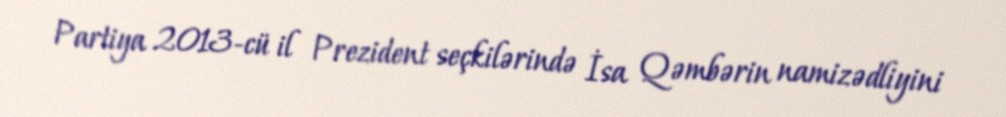
Partiya 2013-cü il Prezident seçkilərində İsa Qəmbərin namizədliyini